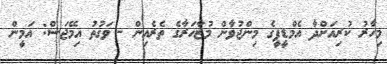
މިހާރު ކުރިއަށްދާ އެމްޑީޕީގެ މިންޖުވާން މުޒާހަރާގެ ތެރެއިން - ވަގުތު އިމޭޖަސް: އަމީން